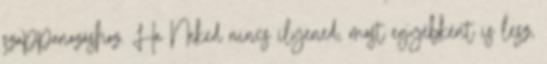
szappanozáshoz. Ha Neked nincs ilyened, most egyébként is lesz,